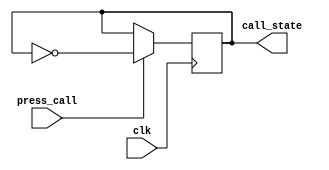
`timescale 1ns / 1ps
//////////////////////////////////////////////////////////////////////////////////
// Company: 
// Engineer: 
// 
// Design Name: 
// Module Name: call
// Project Name: 
// Target Devices: 
// Tool Versions: 
// Description: 
// 
// Dependencies: 
// 
// Revision:
// Revision 0.01 - File Created
// Additional Comments:
// 
//////////////////////////////////////////////////////////////////////////////////


module call(
	input wire clk,
	output reg call_state = 0,
	input wire press_call
    );
	
	always @(posedge clk)
	begin
		if(press_call)
		begin
			call_state <= ~call_state;
		end
	end
	
endmodule